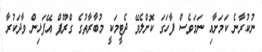
ނުކުރާނެ ކަމަށާއި ނަމަވެސް ފާހަގަ ކޮށްލެވޭ ދެޓީމަކީ މުބާރާތުގެ ގްރޫޕް އޭފަޅިން ވާދަކުރާ